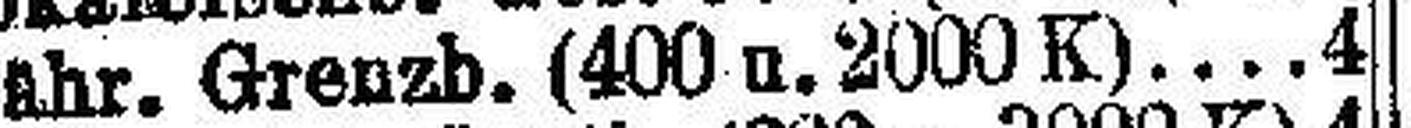
Mähr. Grenzb. (400 u. 2000 K) 4